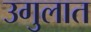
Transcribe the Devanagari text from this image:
उगुलात